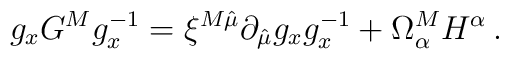
g_xG^Mg_x^{-1}=\xi^{M\hat{\mu}} \partial_{\hat{\mu}} g_x g_x^{-1}+\Omega^M_\alpha H^\alpha\,.